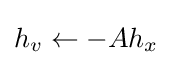
h_{v}\leftarrow -Ah_{x}